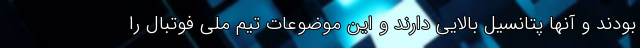
بودند و آنها پتانسیل بالایی دارند و این موضوعات تیم ملی فوتبال را